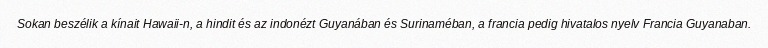
Sokan beszélik a kínait Hawaii-n, a hindit és az indonézt Guyanában és Surinaméban, a francia pedig hivatalos nyelv Francia Guyanaban.